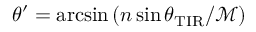
\theta ^ { \prime } = \arcsin \left( n \sin \theta _ { \mathrm { T I R } } / \mathcal { M } \right)